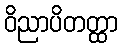
ဝိညာပိတတ္ထာ